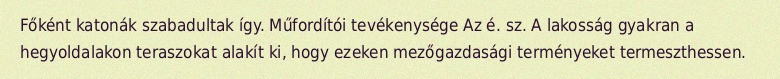
Főként katonák szabadultak így. Műfordítói tevékenysége Az é. sz. A lakosság gyakran a hegyoldalakon teraszokat alakít ki, hogy ezeken mezőgazdasági terményeket termeszthessen.